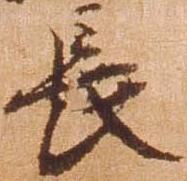
長